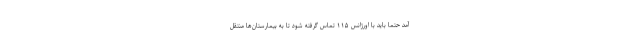
آمد حتما باید با اورژانس ١١۵ تماس گرفته شود تا به بیمارستان‌ها منتقل